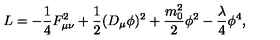
L = - \frac { 1 } { 4 } F _ { \mu \nu } ^ { 2 } + \frac { 1 } { 2 } ( D _ { \mu } \phi ) ^ { 2 } + \frac { m _ { 0 } ^ { 2 } } { 2 } \phi ^ { 2 } - \frac { \lambda } { 4 } \phi ^ { 4 } ,